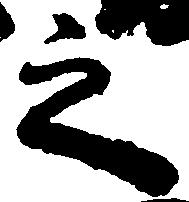
之